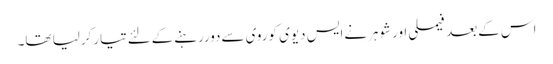
اس کےبعد فیملی اورشوہرنےایس دیوی کوروی سےدوررہنےکےلئےتیارکرلیا تھا۔